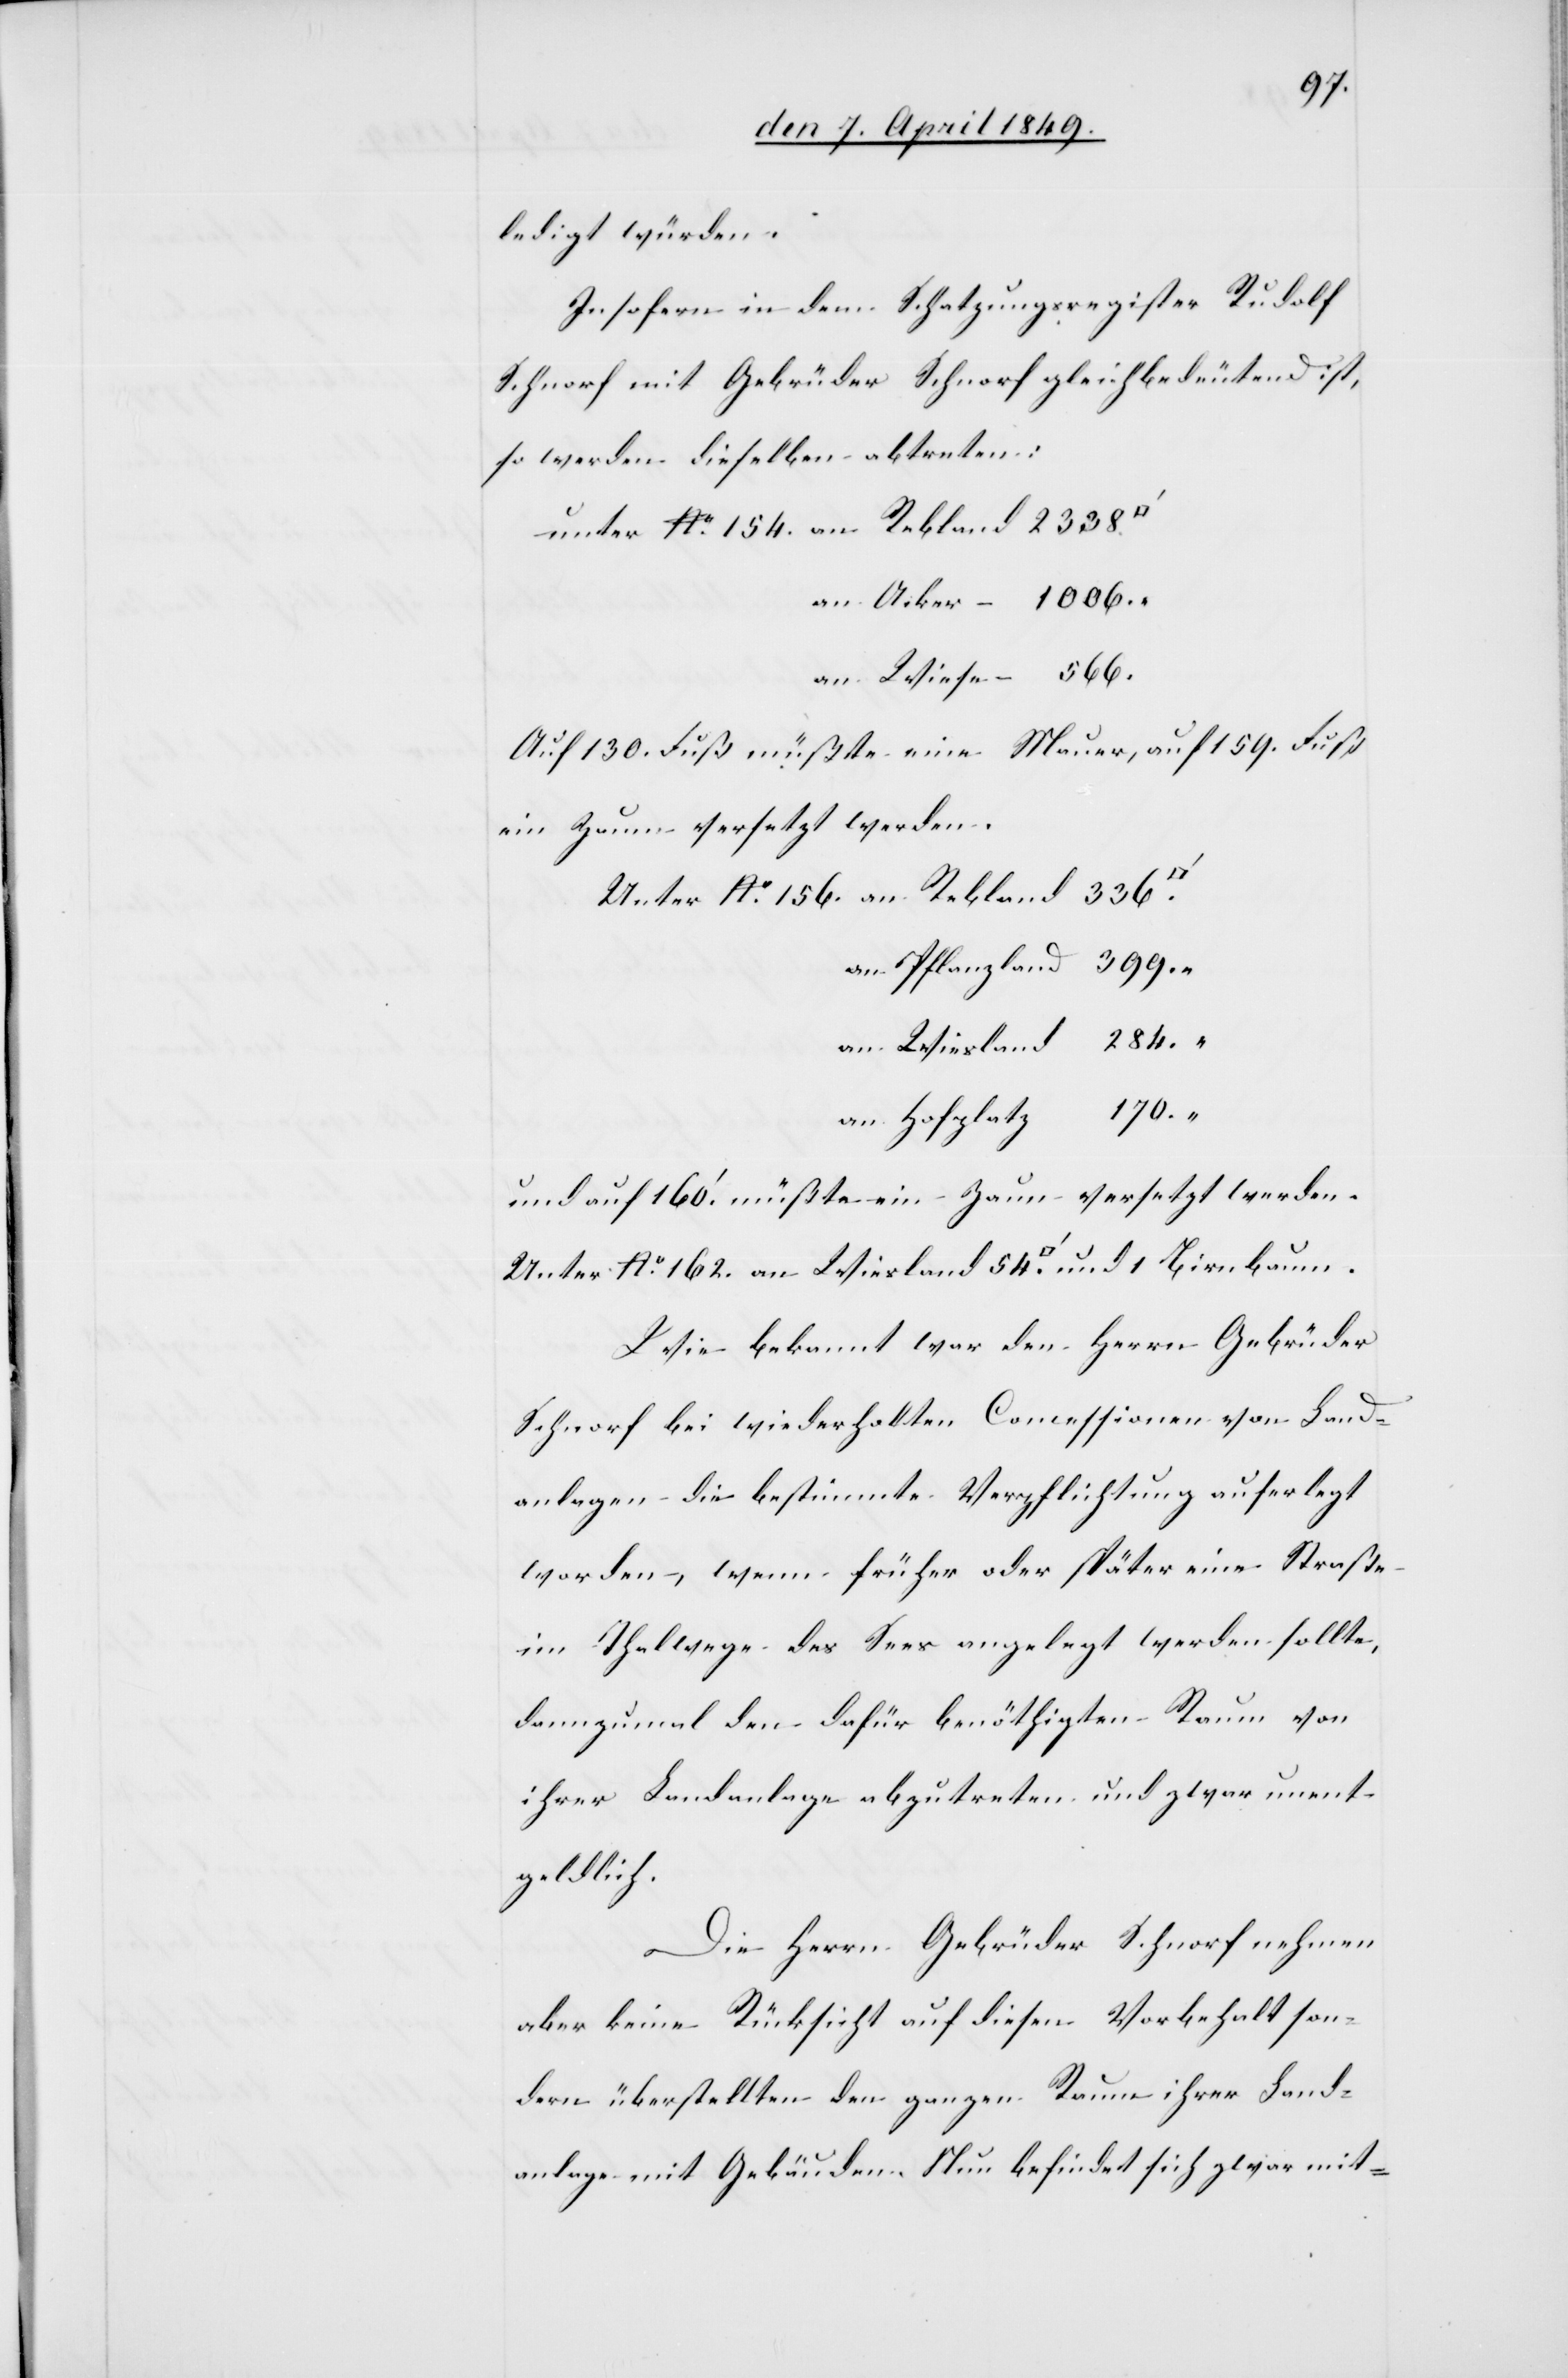
ledigt würden.
Insofern in dem Schatzungsregister Rudolf
Schnorf mit Gebrüder Schnorf gleichbedeutend ist,
so werden dieselben abtreten:
unter No 154.	an Rebland	2338.
an Acker –	1006. “
an Wiese –	566.
Auf 130. Fuß müßte eine Mauer, auf 159. Fuß
ein Zaun versetzt werden.
Unter No 162. an Wiesland 54.
an Pflanzland	399. “
an Wiesland	284. “
an Hofplatz	170. “
und auf 160‘ müßte ein Zaun versetzt werden.
Wie bekannt war den Herrn Gebrüder
Schnorf bei wiederholten Concessionen von Land¬
anlagen die bestimmte Verpflichtung auferlegt
worden, wenn früher oder später eine Straße
im Thalwege des Sees angelegt werden sollte,
dannzumal den dafür benöthigten Raum von
ihrer Landanlage abzutreten und zwar unent¬
geldlich.
Die Herrn Gebrüder Schnorf nehmen
aber keine Rücksicht auf diesen Vorbehalt son¬
dern überstellten den ganzen Raum ihrer Land¬
anlage mit Gebäuden. Nun befindet sich zwar mit-